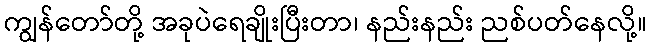
ကျွန်တော်တို့ အခုပဲရေချိုးပြီးတာ၊ နည်းနည်း ညစ်ပတ်နေလို့။